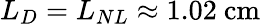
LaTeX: L_{D}=L_{NL}\approx 1.02~\mathrm{cm}